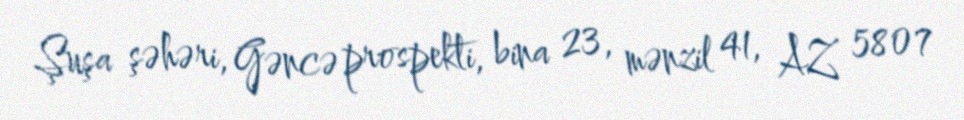
Şuşa şəhəri, Gəncə prospekti, bina 23, mənzil 41, AZ 5807